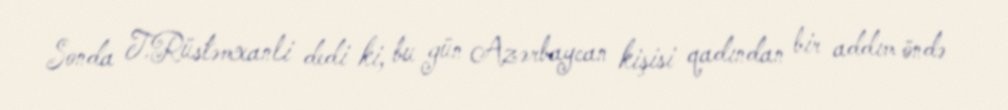
Sonda T.Rüstəmxanli dedi ki, bu gün Azərbaycan kişisi qadından bir addım öndə